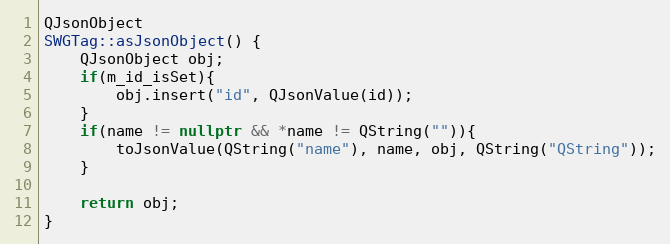
Language: C++
QJsonObject
SWGTag::asJsonObject() {
    QJsonObject obj;
    if(m_id_isSet){
        obj.insert("id", QJsonValue(id));
    }
    if(name != nullptr && *name != QString("")){
        toJsonValue(QString("name"), name, obj, QString("QString"));
    }

    return obj;
}